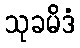
သုခမိဒံ